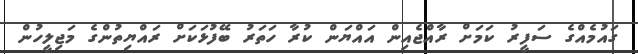
ގައުމެއްގެ ސަފީރު ކަމަށް ރާއްޖެއިން އައްޔަން ކުރާ ހަަތަރު ބޭފުޅަކަށް ރައްޔިތުންގެ މަޖިލީހުން